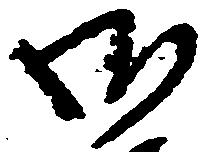
御